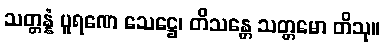
သတ္တန္နံ ပူရဏေ သေဋ္ဌေ၊ တိသန္တေ သတ္တမော တိသု။